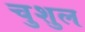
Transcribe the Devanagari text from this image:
चुशुल